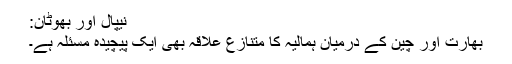
نیپال اور بھوٹان:
بھارت اور چین کے درمیان ہمالیہ کا متنازع علاقہ بھی ایک پیچیدہ مسئلہ ہے۔